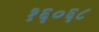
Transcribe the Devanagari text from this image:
१६०६८